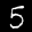
Label: 5